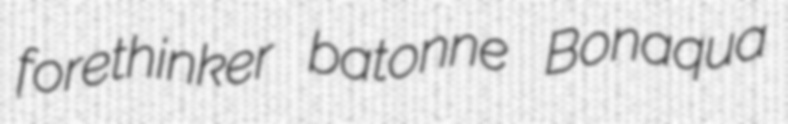
forethinker batonne Bonaqua